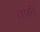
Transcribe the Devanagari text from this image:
तफ्री